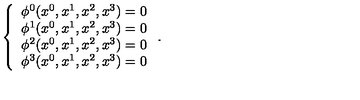
\left\{ \begin{array} { c } { \phi ^ { 0 } ( x ^ { 0 } , x ^ { 1 } , x ^ { 2 } , x ^ { 3 } ) = 0 } \\ { \phi ^ { 1 } ( x ^ { 0 } , x ^ { 1 } , x ^ { 2 } , x ^ { 3 } ) = 0 } \\ { \phi ^ { 2 } ( x ^ { 0 } , x ^ { 1 } , x ^ { 2 } , x ^ { 3 } ) = 0 } \\ { \phi ^ { 3 } ( x ^ { 0 } , x ^ { 1 } , x ^ { 2 } , x ^ { 3 } ) = 0 } \\ \end{array} \right. .